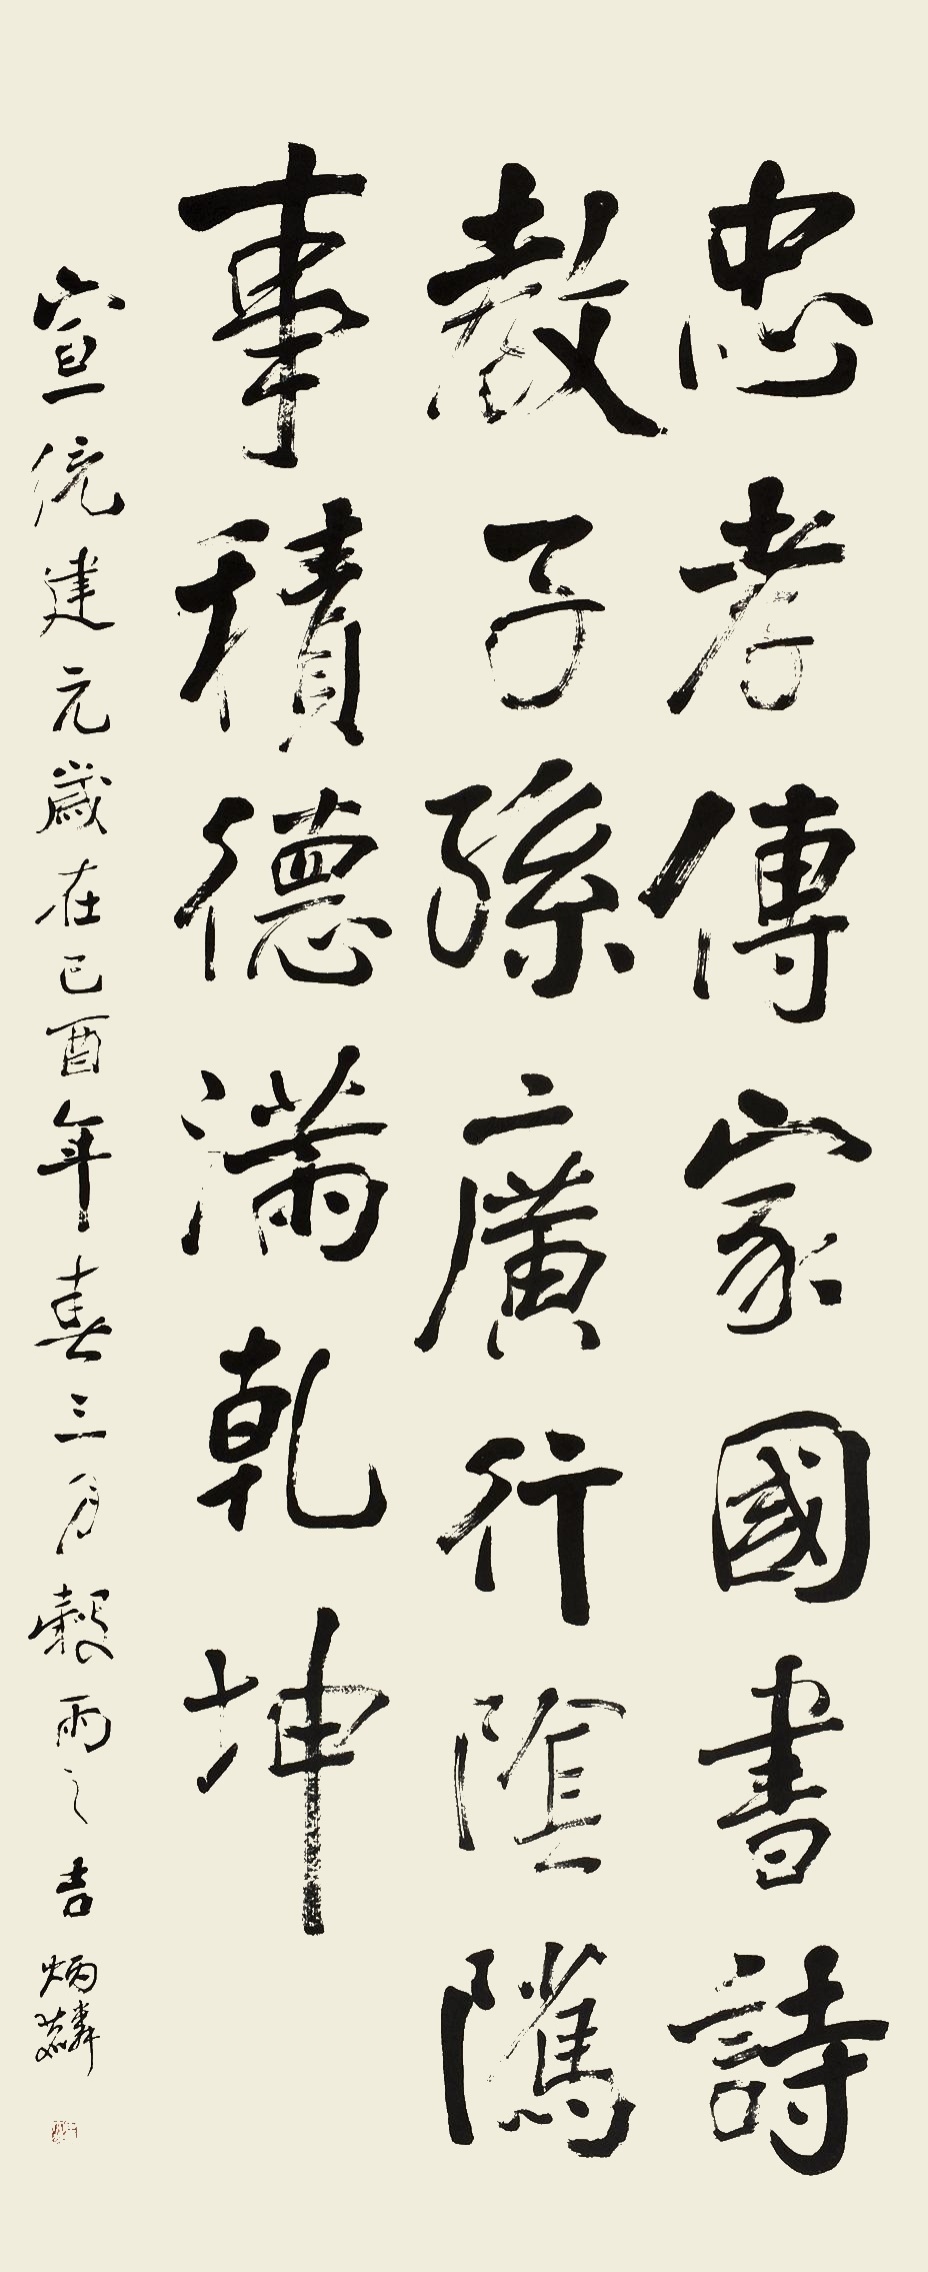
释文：忠孝传家国，书诗教子孙，广行阴骘事，积德满乾坤。宣统建元岁在己酉年春三月谷雨之吉。炳麟。